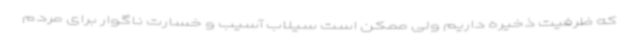
که ظرفیت ذخیره داریم ولی ممکن است سیلاب آسیب و خسارت ناگوار برای مردم